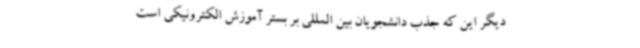
دیگر این که جذب دانشجویان بین المللی بر بستر آموزش الکترونیکی است